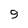
Character: 9